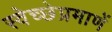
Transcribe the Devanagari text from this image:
स्वेच्छेप्रमाणें